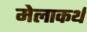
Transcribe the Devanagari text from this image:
मेलाकर्थ